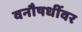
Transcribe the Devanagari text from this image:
वनौषधींवर